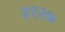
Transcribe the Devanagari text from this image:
३१२७